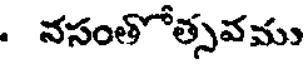
. నసంతోత్సవము